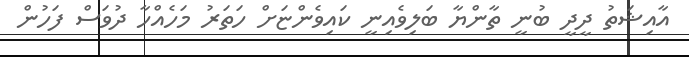
އާއިޝަތު ދީދީ ބުނީ ތާންޔާ ބަލިވެއިނީ ކައިވެންޏަށް ހަތަރު މަހެއްހާ ދުވަސް ފަހުން